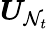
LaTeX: \boldsymbol{U}_{\mathcal{N}_{t}}